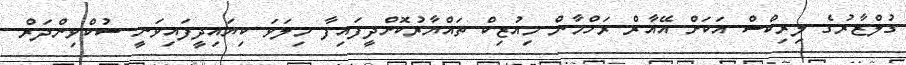
ގުލްޒާރުގެ ލިރިކްސް އަކަށް އޭއާރް ރަހްމާން މިއުޒިކް ތައްޔާރުކޮށްދީފައިފާ މިލަވަ ކިޔައިދީފައިވަނީ ސުކްވިންދަރް